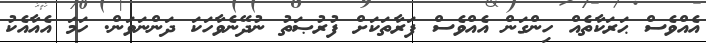
އެއްވެސް ޙަރަކާތެއް ހިންގަން އެއްވެސް ފަރާތަކަށް ފުރުޞަތު ނުދޭނެވާހަކަ ދަންނަވަން. ހަމަ އެއާއެކު